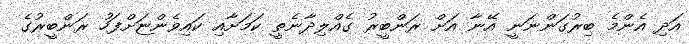
އަދި އެންމެ ބިރުގަންނަނީ އޭނާ އަށް ރަންބީރު ގެއްލިދާނެތީ ކަމަށާއި ކައިވެންޏަށްފަހު ރަންބީރުގެ